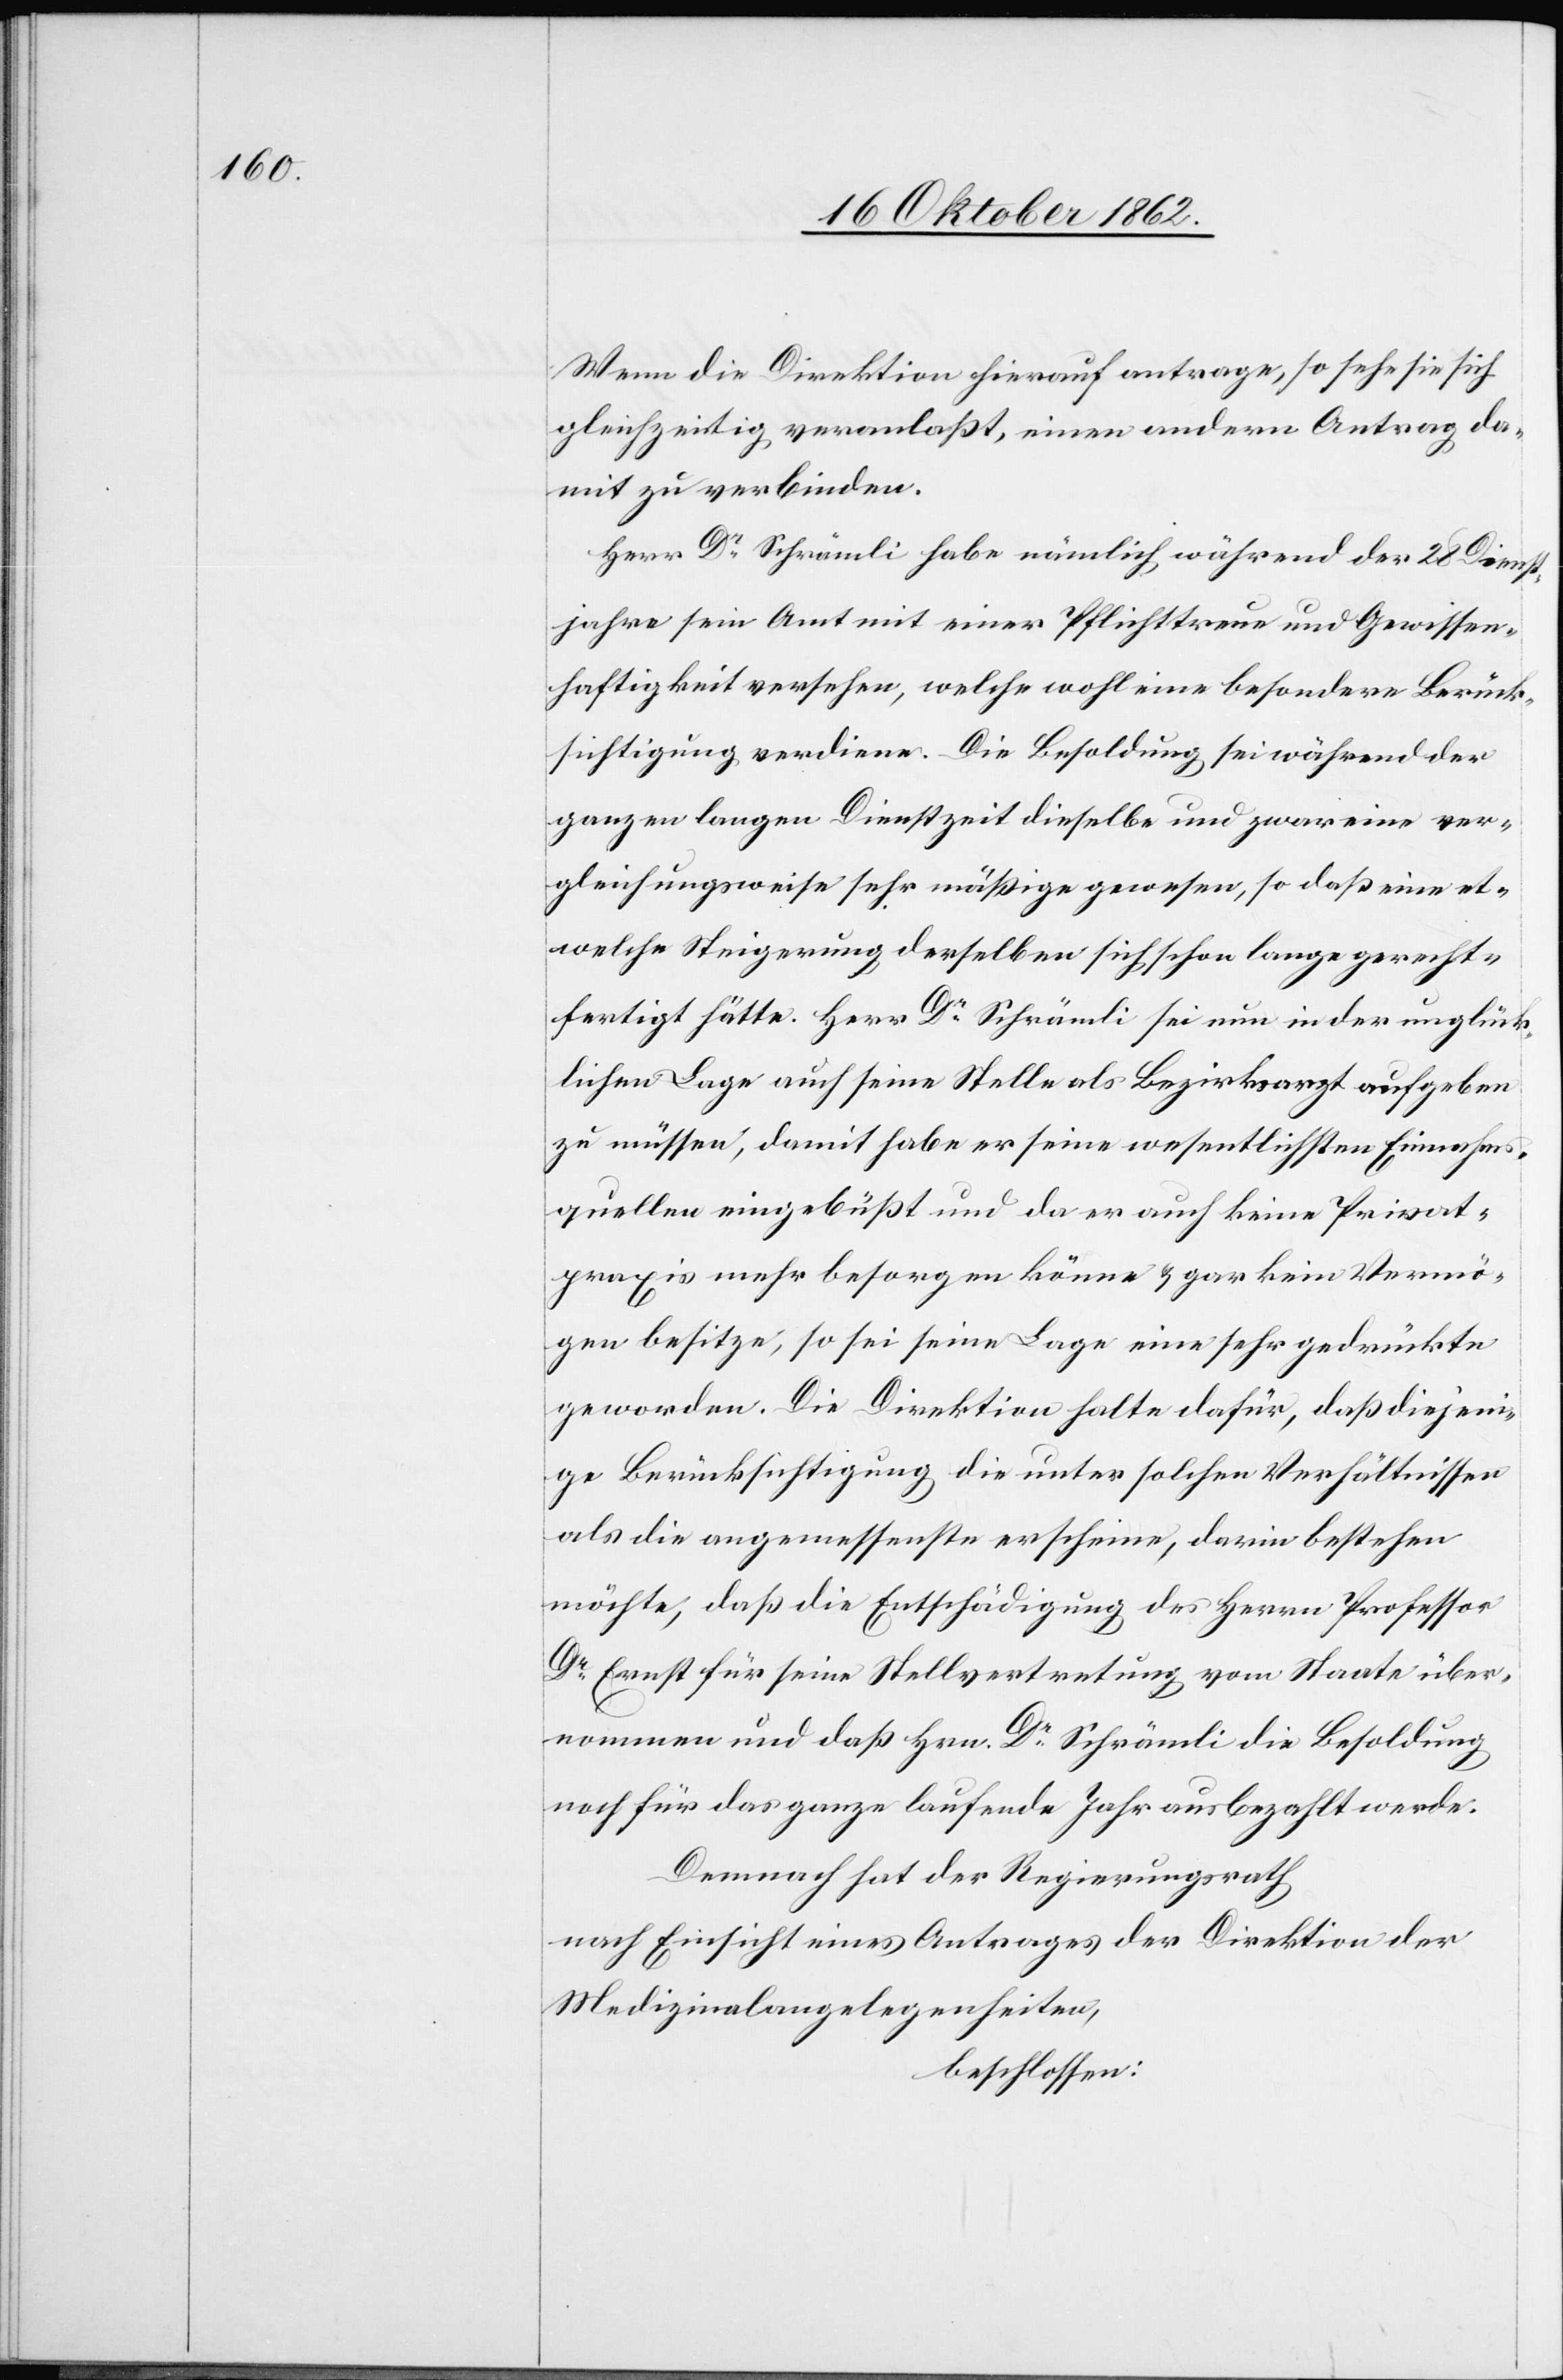
Wenn die Direktion hierauf antrage, so sehe sie sich
gleichzeitig veranlaßt, einen andern Antrag da¬
mit zu verbinden.
Herr Dr. Schrämli habe nämlich während der 28 Dienst¬
jahre sein Amt mit einer Pflichttreu und Gewissen¬
haftigkeit versehen, welche wol eine besondere Berück¬
sichtigung verdiene. Die Besoldung sei während der
ganzen langen Dienstzeit dieselbe und zwar eine ver¬
gleichungsweise sehr mäßige gewesen, so daß eine et¬
welche Steigerung derselben sich schon lange gerecht¬
fertigt hätte. Herr Dr. Schrämli sei nun in der unglück¬
lichen Lage auch seine Stelle als Bezirksarzt aufgeben
zu müssen, damit habe er seine wesentlichsten Einnahms¬
quellen eingebüßt und da er auch keine Privat¬
praxis mehr besorgen könne u. gar kein Vermö¬
gen besitze, so sei seine Lage eine sehr gedrückte
geworden. Die Direktion halte dafür, daß diejeni¬
ge Berücksichtigung die unter solchen Verhältnissen
als die angemessenste erscheine, darin bestehen
möchte, daß die Entschädigung des Herrn Professor
Dr. Ernst für seine Stellvertretung vom Staate über¬
nommen und daß Hrn. Dr. Schrämli die Besoldung
noch für das ganze laufende Jahr ausbezahlt werde.
Demnach hat der Regierungsrath
nach Einsicht eines Antrages der Direktion der
Medizinalangelegenheiten,
beschlossen: